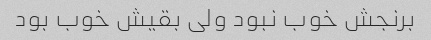
برنجش خوب نبود ولی بقیش خوب بود